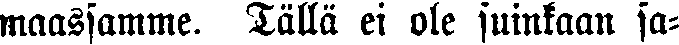
maassamme. Tällä ei ole suinkaan sa-